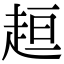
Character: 𧻚